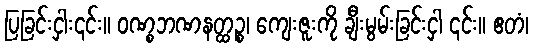
ပြခြင်းငှါး၎င်း။ ဝဏ္စဘဏနတ္ထဉ္စ၊ ကျေးဇူးကို ချီးမွမ်းခြင်းငှါ ၎င်း။ ဧတံ၊